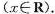
(x\in R).